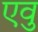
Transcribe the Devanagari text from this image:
एवु